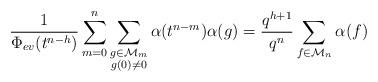
LaTeX: \begin{align*}\frac 1{\Phi_{ev}(t^{n-h})} \sum_{m=0}^n \sum_{\substack{g\in \mathcal M_m\\g(0)\neq 0}} \alpha(t^{n-m})\alpha(g)= \frac{q^{h+1}}{q^{n}}\sum_{f\in \mathcal M_n} \alpha(f)\end{align*}